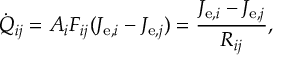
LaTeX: { \dot { Q } } _ { i j } = A _ { i } F _ { i j } ( J _ { \mathrm { e } , i } - J _ { \mathrm { e } , j } ) = { \frac { J _ { \mathrm { e } , i } - J _ { \mathrm { e } , j } } { R _ { i j } } } ,